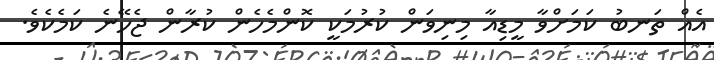
އެއް ތަނބު ކަމަށްވާ މީޑިއާ މިނިވަން ކުރުމަކީ ކޮންމެހެން ކުރާން ޖެހޭނެ ކަމެކެވެ.